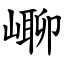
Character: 㟹